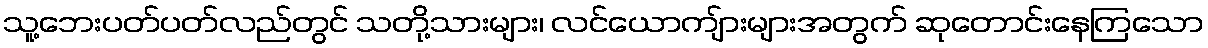
သူ့ဘေးပတ်ပတ်လည်တွင် သတို့သားများ၊ လင်ယောကျ်ားများအတွက် ဆုတောင်းနေကြသော